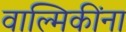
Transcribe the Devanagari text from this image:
वाल्मिकींना